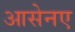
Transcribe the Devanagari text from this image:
आसेनए